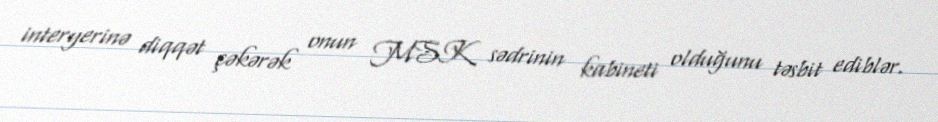
interyerinə diqqət çəkərək onun MSK sədrinin kabineti olduğunu təsbit ediblər.